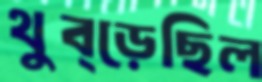
থুব্‌ড়েছিল